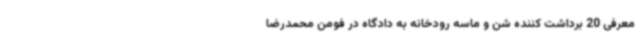
معرفی 20 برداشت کننده شن و ماسه رودخانه‌ به دادگاه در فومن محمدرضا